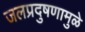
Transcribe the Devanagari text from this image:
जलप्रदुषणामुळे